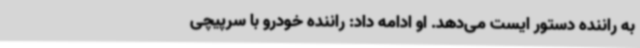
به راننده دستور ایست می‌دهد. او ادامه داد: راننده خودرو با سرپیچی